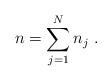
LaTeX: \begin{align*}n=\sum_{j=1}^N n_j\ .\end{align*}